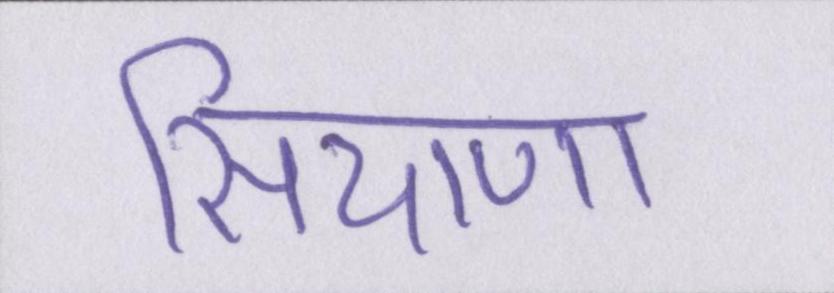
सियाणा